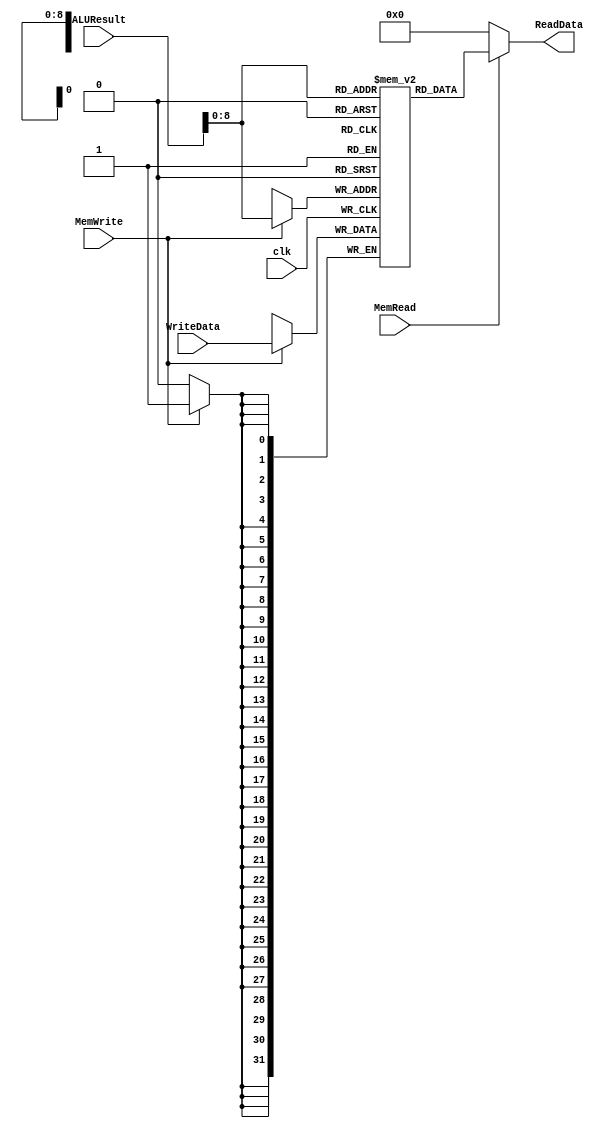
module DataMemory #(parameter Width = 32)
(input clk,MemWrite,MemRead, 
input [Width-1:0] ALUResult,WriteData, //WriteData=RD2
output [Width-1:0] ReadData);
reg [Width-1:0] mem1[511:0];
initial
begin
mem1[0] = 32'h00000000;
mem1[1] = 32'h00000000;
mem1[2] = 32'h00000000;
mem1[3] = 32'h00000000;
mem1[4] = 32'h00000000;
mem1[5] = 32'h00000000;
mem1[6] = 32'h00000000;
mem1[7] = 32'h00000000;
mem1[8] = 32'h00000000;
mem1[9] = 32'h00000000;
mem1[10] = 32'h00000000;
mem1[11] = 32'h00000000;
mem1[12] = 32'h00000000;
mem1[13] = 32'h00000000;
mem1[14] = 32'h00000000;
mem1[15] = 32'h00000000;
mem1[16] = 32'h00000000;
mem1[17] = 32'h00000000;
mem1[18] = 32'h00000000;
mem1[19] = 32'h00000000;
mem1[20] = 32'h00000000;
mem1[21] = 32'h00000000;
mem1[22] = 32'h00000000;
mem1[23] = 32'h00000000;
mem1[24] = 32'h00000000;
mem1[25] = 32'h00000000;
mem1[26] = 32'h00000000;
mem1[27] = 32'h00000000;
mem1[28] = 32'h00000000;
mem1[29] = 32'h00000000;
mem1[30] = 32'h00000000;




end


always @(posedge clk)
begin

if(MemWrite==1'b1)
mem1[ALUResult] <= WriteData;

end

assign ReadData = (MemRead==1'b1) ? mem1[ALUResult]: 32'd0; 

endmodule